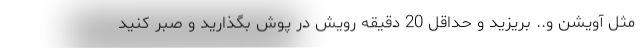
مثل آویشن و.. بریزید و حداقل 20 دقیقه رویش در پوش بگذارید و صبر کنید